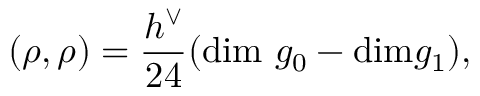
( \rho , \rho ) = \frac { h ^ { \vee } } { 2 4 } ( \mathrm { d i m ~ } g _ { 0 } - \mathrm { d i m } g _ { 1 } ) ,